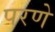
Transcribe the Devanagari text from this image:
परणे